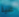
علية